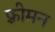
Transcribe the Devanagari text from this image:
फ़्रीमन